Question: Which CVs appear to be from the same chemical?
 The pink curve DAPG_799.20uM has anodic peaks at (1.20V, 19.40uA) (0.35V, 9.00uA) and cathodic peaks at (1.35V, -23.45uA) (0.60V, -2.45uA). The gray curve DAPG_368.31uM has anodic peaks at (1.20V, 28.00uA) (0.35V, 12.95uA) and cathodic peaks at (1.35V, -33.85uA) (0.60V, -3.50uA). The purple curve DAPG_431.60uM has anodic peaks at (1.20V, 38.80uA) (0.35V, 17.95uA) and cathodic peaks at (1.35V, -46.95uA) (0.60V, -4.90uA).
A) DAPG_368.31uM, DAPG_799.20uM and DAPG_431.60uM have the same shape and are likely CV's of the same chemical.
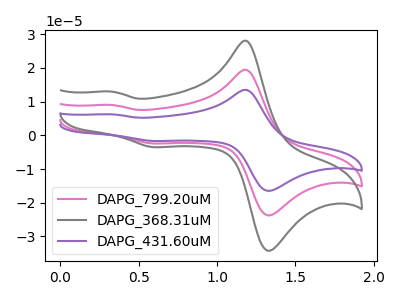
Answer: <think>All the peaks in "DAPG_799.20uM" have a peak in "DAPG_368.31uM" at the same potential. Every peak in "DAPG_799.20uM" is lower than every peak in "DAPG_368.31uM". All the peaks in "DAPG_799.20uM" have a peak in "DAPG_431.60uM" at the same potential. Every peak in "DAPG_799.20uM" is lower than every peak in "DAPG_431.60uM". All the peaks in "DAPG_368.31uM" have a peak in "DAPG_431.60uM" at the same potential. Every peak in "DAPG_368.31uM" is lower than every peak in "DAPG_431.60uM".
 </think>
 <answer>A) "DAPG_368.31uM", "DAPG_799.20uM" and "DAPG_431.60uM" have the same shape and are likely CV's of the same chemical.</answer>
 <eval>A</eval>